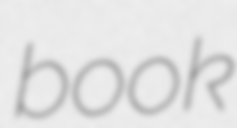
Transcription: book